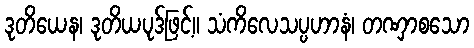
ဒုတိယေန၊ ဒုတိယပုဒ်ဖြင့်။ သံကိလေသပ္ပဟာနံ၊ တဏှာစသော